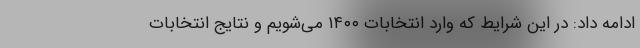
ادامه داد: در این شرایط که وارد انتخابات ۱۴۰۰ می‌شویم و نتایج انتخابات